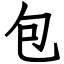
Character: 包